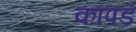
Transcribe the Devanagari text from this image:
कापडं